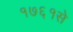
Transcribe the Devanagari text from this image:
१७६१से